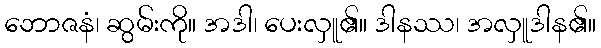
ဘောဇနံ၊ ဆွမ်းကို။ အဒါ၊ ပေးလှူ၏။ ဒါနဿ၊ အလှူဒါန၏။